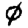
Digit: 0